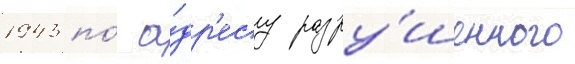
1943 по́ а́др'есу разру́шенного